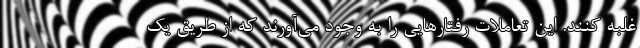
غلبه کنند. این تعاملات رفتارهایی را به وجود می‌آورند که از طریق یک